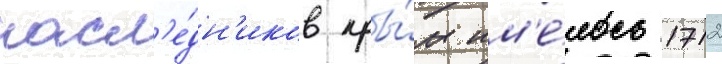
насл'е́дн'иков кры́м им'е́лось 1712